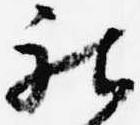
被